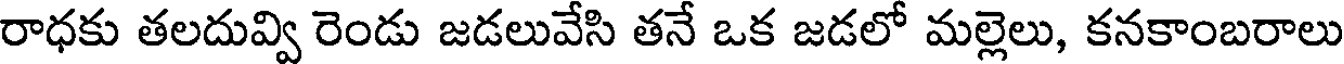
రాధకు తలదువ్వి రెండు జడలువేసి తనే ఒక జడలో మల్లెలు, కనకాంబరాలు